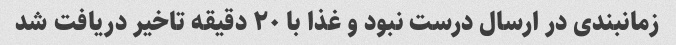
زمانبندی در ارسال درست نبود و غذا با ۲۰ دقیقه تاخیر دریافت شد